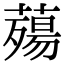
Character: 薚